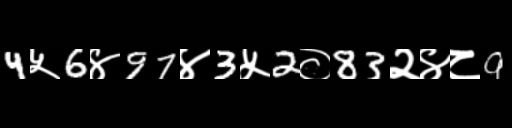
Text: 4५6४97४3५2०83२४८9